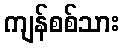
ကျန်စစ်သား